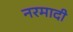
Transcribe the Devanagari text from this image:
नरमादी